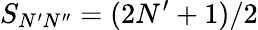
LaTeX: S_{N^{\prime}N^{\prime\prime}}=(2N^{\prime}+1)/2